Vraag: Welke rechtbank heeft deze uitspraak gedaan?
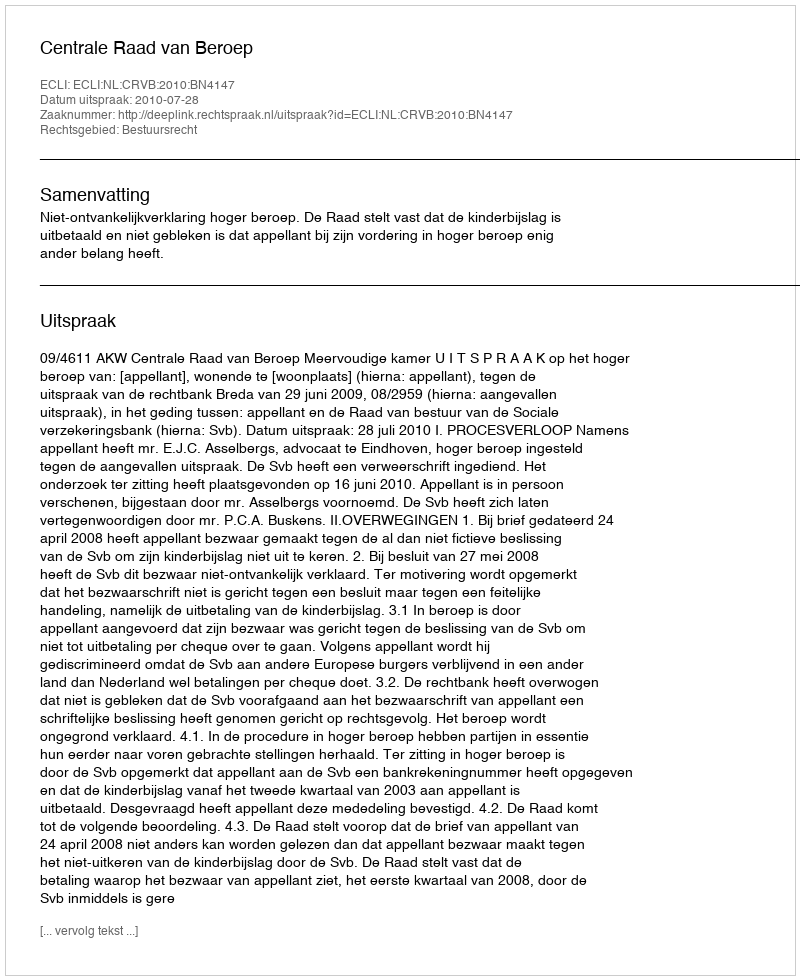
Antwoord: Centrale Raad van Beroep